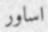
اساور